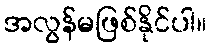
အလွန်မဖြစ်နိုင်ပါ။